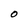
Character: O